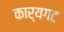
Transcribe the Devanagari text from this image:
कार्यगट